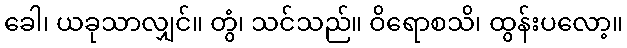
ခေါ၊ ယခုသာလျှင်။ တွံ၊ သင်သည်။ ဝိရောစသိ၊ ထွန်းပလော့။